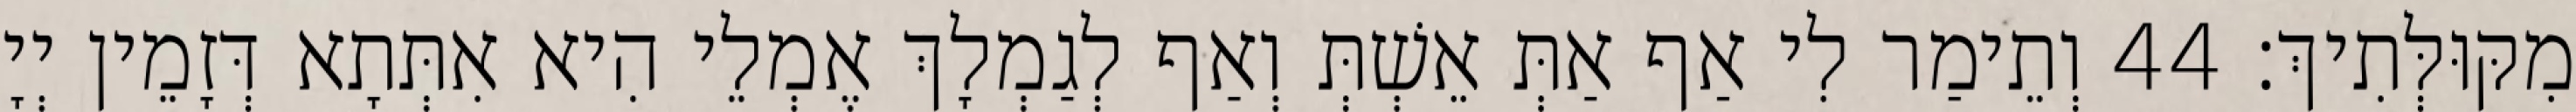
מִקּוּלְּתִיךְ׃ 44 וְתֵימַר לִי אַף אַתְּ אֵשְׁתְּ וְאַף לְגַמְלָךְ אֶמְלֵי הִיא אִתְּתָא דְּזָמֵין יְיָ